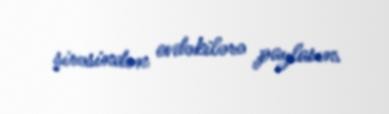
şirəsindən evdəkilərə paylasın.